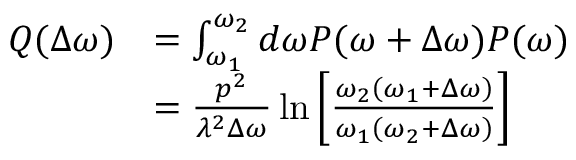
\begin{array} { r l } { Q ( \Delta \omega ) } & { = \int _ { \omega _ { 1 } } ^ { \omega _ { 2 } } d \omega P ( \omega + \Delta \omega ) P ( \omega ) } \\ & { = \frac { p ^ { 2 } } { \lambda ^ { 2 } \Delta \omega } \ln \left[ \frac { \omega _ { 2 } \left( \omega _ { 1 } + \Delta \omega \right) } { \omega _ { 1 } \left( \omega _ { 2 } + \Delta \omega \right) } \right] } \end{array}